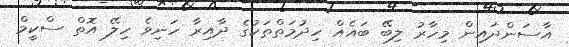
އާސަންދައިން މިހާރު ލިބޭ ބައެއް ހިދުމަތްތަކުގެ ދާއިރާ ހަނިވެ ހިލޭ އޮތް ސްކީމް